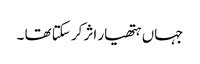
جہاں ہتھیار اثر کر سکتا تھا ۔